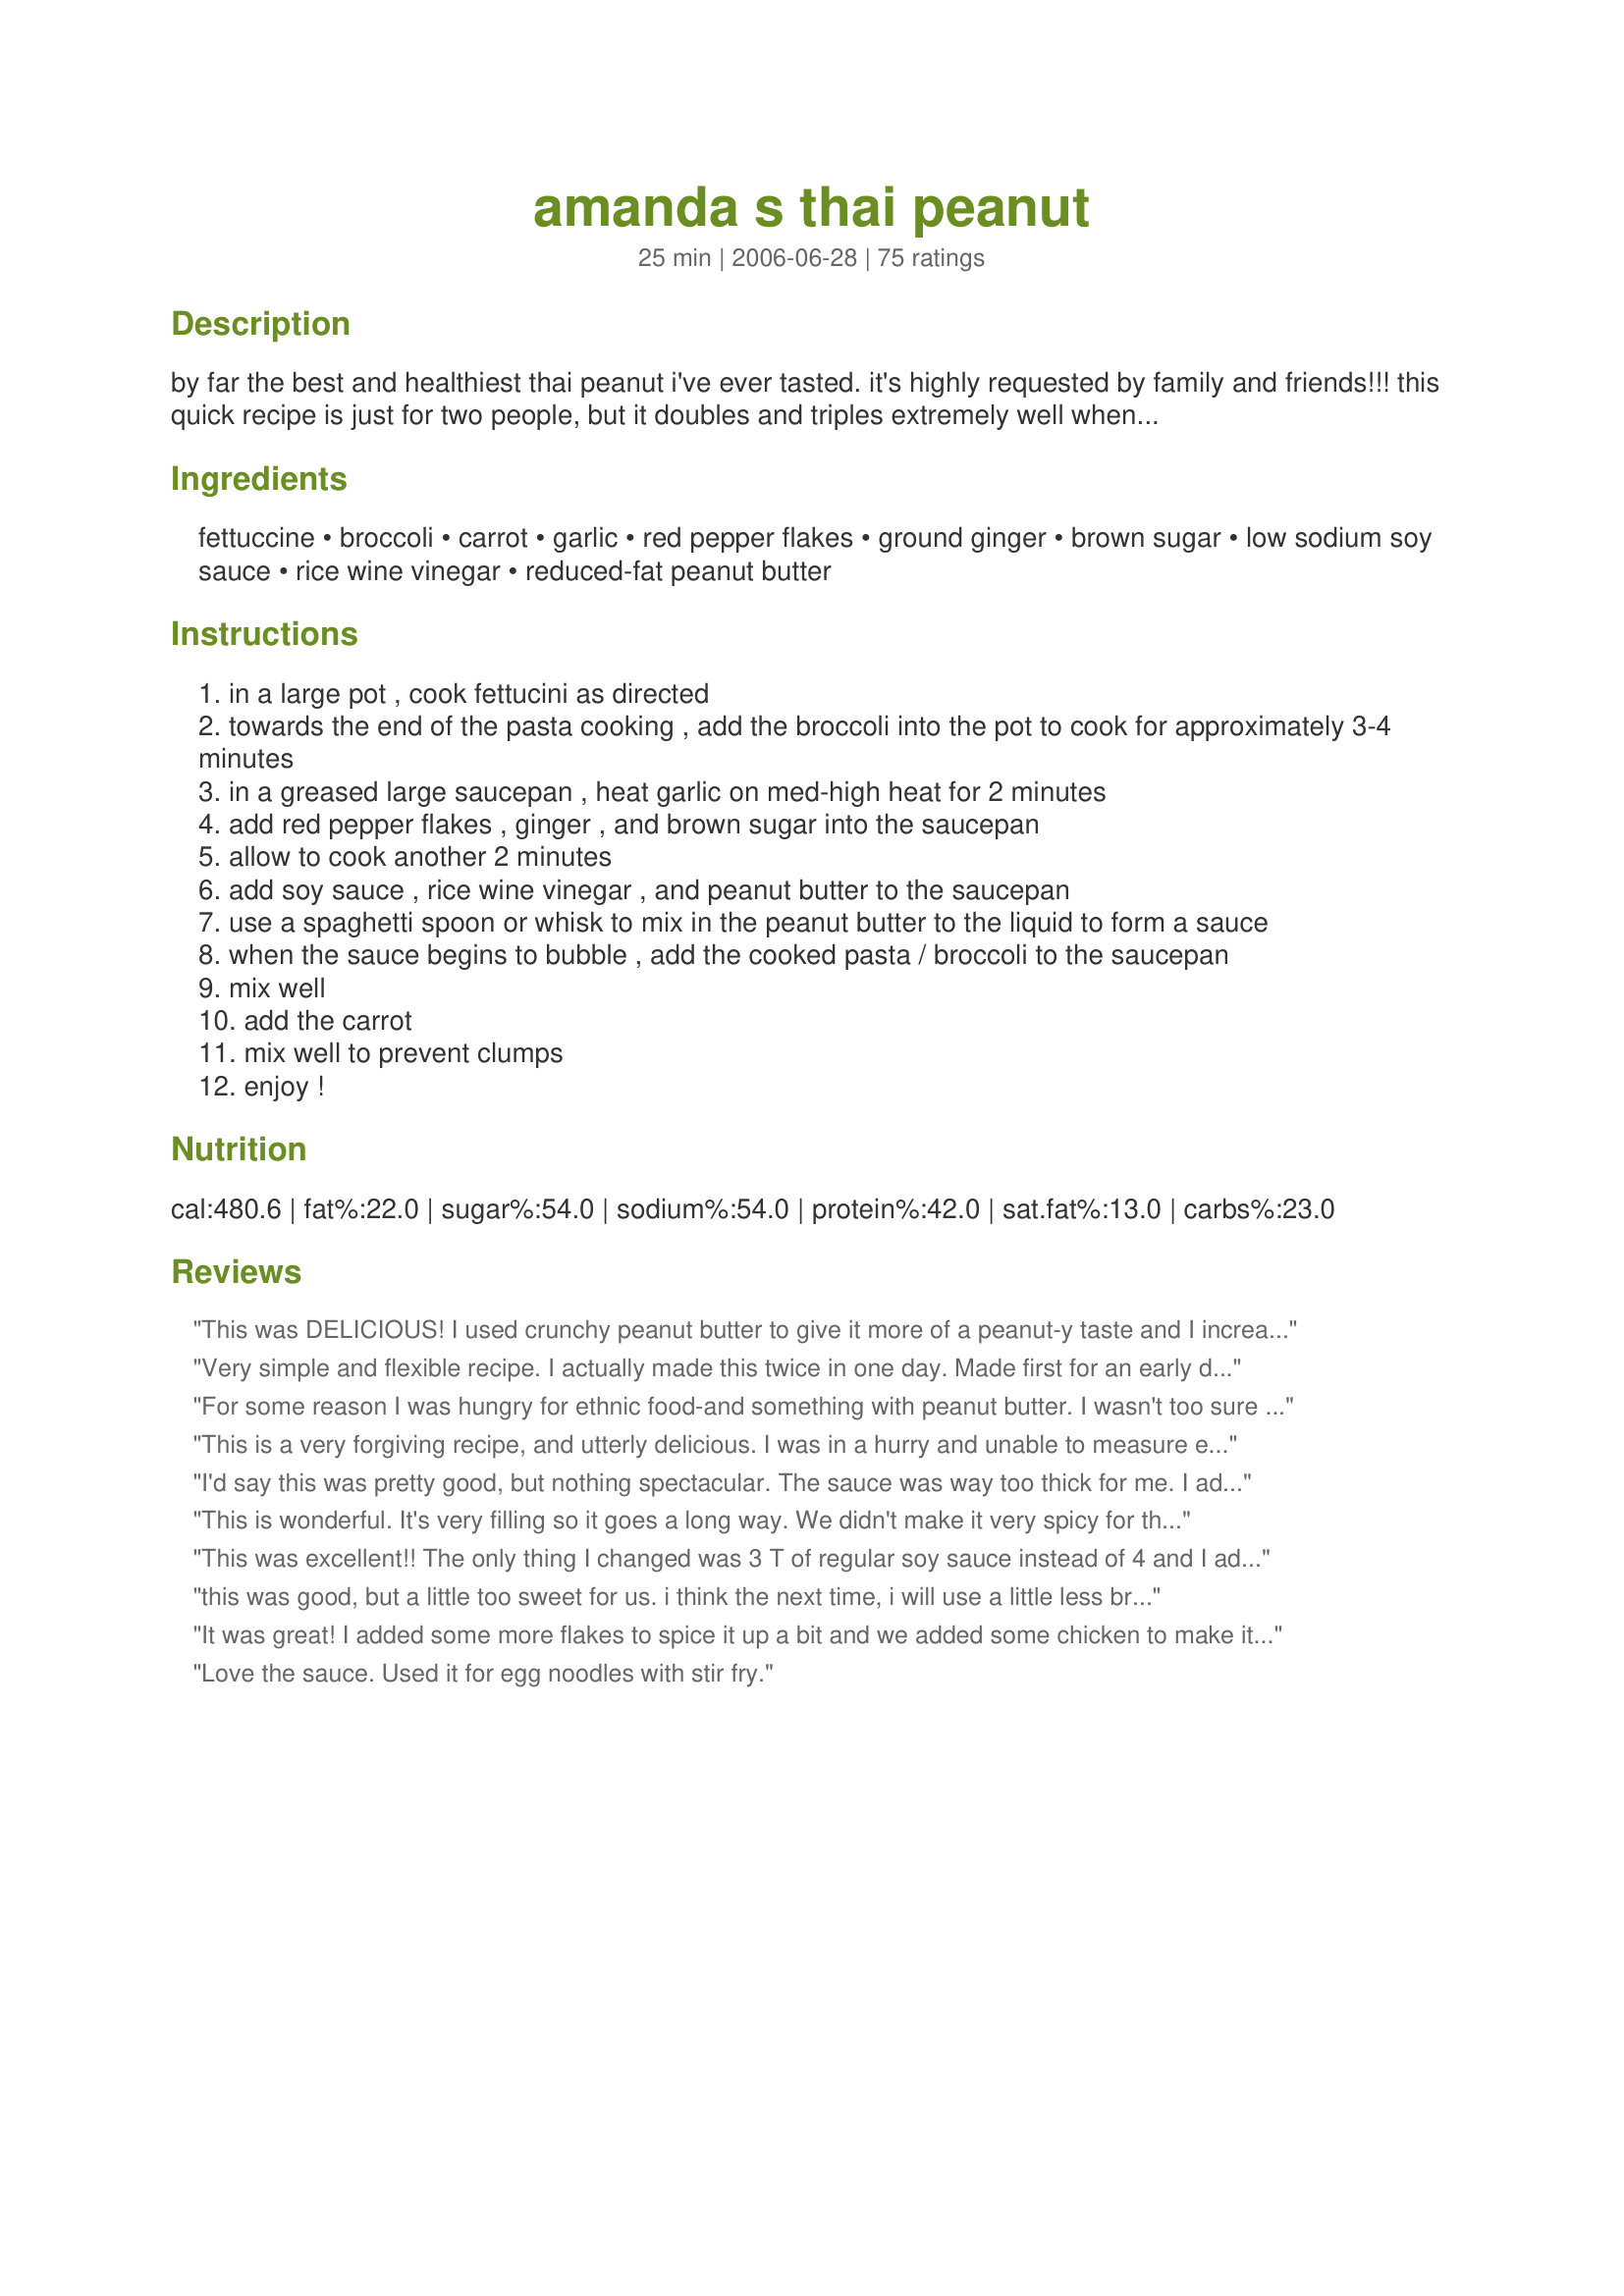
amanda s thai peanut
Preparation time: 25 minutes

by far the best and healthiest thai peanut i've ever tasted. it's highly requested by family and friends!!! this quick recipe is just for two people, but it doubles and triples extremely well when we have company over. give it a try!!

Ingredients:
fettuccine, broccoli, carrot, garlic, red pepper flakes, ground ginger, brown sugar, low sodium soy sauce, rice wine vinegar, reduced-fat peanut butter

Steps:
in a large pot , cook fettucini as directed
towards the end of the pasta cooking , add the broccoli into the pot to cook for approximately 3-4 minutes
in a greased large saucepan , heat garlic on med-high heat for 2 minutes
add red pepper flakes , ginger , and brown sugar into the saucepan
allow to cook another 2 minutes
add soy sauce , rice wine vinegar , and peanut butter to the saucepan
use a spaghetti spoon or whisk to mix in the peanut butter to the liquid to form a sauce
when the sauce begins to bubble , add the cooked pasta / broccoli to the saucepan
mix well
add the carrot
mix well to prevent clumps
enjoy !

Reviews:
This was DELICIOUS! I used crunchy peanut butter to give it more of a peanut-y taste and I increased the spices a little bit, as well as the amount of broccoli and carrots because I love veggies :)<br/><br/>This recipe is especially tasty the next day after the flavors have had some time to develop ^_^
Very simple and flexible recipe. I actually made this twice in one day. Made first for an early dinner and then later when we wanted a snack. I used different veggies the second time (odds and ends) It's easy to remember, quick and yummy. I added a 14oz pack of browned cubed tofu at the end, and used soba noodles. I also combined steps 2 and 3.
For some reason I was hungry for ethnic food-and something with peanut butter. I wasn't too sure about this recipe because of some of the reviews. I added a lot less hot pepper so it was spicy, but not overpowering. It really did have great flavor! The sauce seemed a bit dry-kind of that "stick-to-the-roof-of-your-mouth-peanut buttery" taste. It was good for something different, but probably wouldn't make it again
This is a very forgiving recipe, and utterly delicious. I was in a hurry and unable to measure exactly. I also wanted to add chicken to make a complete meal. To top it off, I accidentally spilled more pepper flakes in the dish than I intended. I thought everything would be ruined. It came out perfect. It was so delicious, my husband and I were licking the bowls.

I will make it again!
I'd say this was pretty good, but nothing spectacular. The sauce was way too thick for me. I added a bit of pasta water, but I think if I just changed the proportions it would have been better since it tasted too peanut buttery as well.
This is wonderful. It's very filling so it goes a long way. We didn't make it very spicy for those of us who like more mild flavored things, but put some extra red pepper on the table for personal flavor enhancement.
This was excellent!! The only thing I changed was 3 T of regular soy sauce instead of 4 and I added 1 lb of shrimp to the pasta and broccoli during the last couple minutes of cooking time. This is a keeper, me and the hubby loved it!
this was good, but a little too sweet for us. i think the next time, i will use a little less brouwn sugar and also use regular peanut butter. i think that reduced fat peanut butter is a little sweeter that the regular stuff. in my opinion that will make it a 5 star recipe, at least at my house.
It was great! I added some more flakes to spice it up a bit and we added some chicken to make it a great hearty meal. YUM!
Love the sauce. Used it for egg noodles with stir fry.
I will definitely be making this again! I made it for dinner tonight and it was so good (and incredibly easy to make as well). I did everything as instructed except I added half of a red bell pepper, sliced very thinly and half a pound of cubed and sauteed, extra firm tofu. I loved the flavour of ginger and chili pepper with the peanut butter. Next time I might try it with soba noodles just to see how it goes.
Both my husband and I thoroughly enjoyed this..............Will definitely make it again !! Thank you !
I enjoyed this-but my family complained that it had too much peanut butter flavor-the peanut butter aroma was so intense that my DS's ferret was begging to be let out of his cage (he loves p.butter). Served this with recipe#99156
I am so sorry, I know you received some high ratings but for me this was absolutely horrible. I had to add sooo many different seasonings just to have some flavor, including red curry paste amond others.
As good as any take-out; no, actually this was BETTER. And preparation is quick and easy, too! The quantity was perfect for DH and I last Thursday evening for dinner, and we found it to be spiced just right. Thanks for sharing your very special recipe.
SPICY!! SPICY!! SPICY!! I doubled the ingredients to make 2-6 servings. The only thing I changed was I added 1 tsp garlic and used Jif creamy peanut butter and did not add carrot or broccoli. Maybe the broccoli would have absorbed some of the heat. It had a great flavor but since I am the only one in the family who can tolerate spicy, all that was on everyone's plate except mine went into the garbage disposal. Will try again without as much red pepper and add the broccoli.
This stuff is SO good... I have wanted to add one non-meat dish to our menu each week and this was the first recipe I specifically made without meat. I saw that others added chicken, but this dish does not need it. I served this with Thai Chili sauce on the side and everyone agreed it was delicious. And it is so easy that this will be a weeknight regular for us! Thanks Amanda for the fantastic recipe!
Everyone loved this!<br/>Doubled, left out the carrots (too lazy), used spaghetti (had on hand), guesstimated everything. I think next time I will increase the broccoli and the red pepper flakes and use the carrots. Timing seemed about right. Thanks!
Loved it! Perfect amount of sweet and spice. We used regular peanut butter and spaghetti, and lots more broccoli and carrots, and it turned out fabulous.
Easily 5 stars! This is yummy, easy, and healthy enough. Made this with soba noodles (just felt it more authentic this way). Next time I&#039;ll add significantly more vegi&#039;s but really won&#039;t change anything else...it&#039;s really good (and super quick and easy). Thanks @m@nd@!
I absolutely loved this dish! I doubled the recipe and added more vegetables (green pepper, onion, ginger root, mushrooms, etc.). I also didn't really measure the ingredients, I just kind of winged it. I would make it a little spicier next time, but otherwise this was simply wonderful! This recipe is a keeper for sure! :o)
LOVE this one. I usually use baby carrots cut in 1/4s lengthwise. A little less peanut butter and a little more soy sauce to make it less sweet. This is one of my absolute favorite recipes ever!
Tasty and easy for a weeknight. We found we needed to add a bit more spice (we used a Thai chili sauce from a bottle) to get the kick we like. We also used rice noodles.
I made this exactly as written. My husband raved about it. He'd take a bite and say, "This is GOOD!" Take another bite and say, "I like this!" Another bite and say, "This is a winner!" Another bite and, "This is a keeper!" on and on until it was gone!
this was oh soooo good!!! I followed the recipe and just added a little bit more broccoli. Really liked it!!!
Sadly, this didn't work out for me at all. I doubled the recipe exactly and the sauce came out very salty, extremely heavy and essentially inedible. :-(
My husband asked me to make a huge "vat" of this, so that he can have the left overs everyday! I've also added cubed chicken to this and made extra sauce. We love this meal!
I thought this was even better than the local resturant
Excellent !
I used udon noodles instead of fetuccini, otherwise folowed the recepie. Sauce is very tasty and creamy and broccoli gives this dish a nice crunch. Will make it again. Thanks !
Very good recipe. I made this to go with some Thai chicken breasts and they went together well. My girls thought it had too much peanut butter and asked me to cut back a bit. I thought it was perfect and will make again. I did forget to add the carrots....they sat already grated on the the cutting board....lol. Oh well, next time. Thank yuou for sharing this with us.
I was pretty pleased with this recipe. I've been looking for a sauce I can make at home to replace the Archer Farms brand peanut sauce because its a little expensive, this recipe wasn't quite as good, but t was still much better than the others I've tried. I added a little cumin and it tasted great!
This was really quick and easy to make. It had a good flavor and I enjoyed experiementing with Thai. I found that my sauce was a bit thicker than I wanted it, so next time I'll just try to make it thinner. Thanks for posting!
This is absolutely delicious- definitely serves 3. I used regular white vinegar. The flavor was perfect, but next time I might use cayenne instead of pepper flakes because they didn't have time to soften. The little hard things were distracting in the finished dish. And I need to make sure not to overcook the noodles!
This was really nummy! It had enough heat that I noticed it, but not so much my 6yo turned it down. If you are looking for really spicy, though, because you eat spicy all the time, you won't notice the heat in this (my RM didn't). Overall, a very fast dish to prep, and a good balance of flavors. Thank you for posting.
Wow! So tasty! I used thai rice noodles and it tasted incredible. Is a new staple in our home. Thanks for sharing!
Wow this is so easy on the cook and the pocketbook! I add 1 pound of pre-cooked chicken. This is a regular weekly meal for us. Similar to Pad-Thai and soooo much cheaper than take-out.
This was so delicious! I think I could have eaten it all by myself. I couldn't wait to eat the leftovers the next day and refused to share! I made it exactly as written, and it was easy and one of the best dishes I have made it a long time. I will be making this again soon and often in the future! Thanks so much!!!
Not a bad meal. I followed the sauce exactly except for the peppers since my kids wouldn't eat it with the spice, so we just added thai chili sauce to the top. I followed other peoples instructions and added more vegetables and it could probably still used more. I used 2 heads of broccoli, a zucchini, grated carrot and snow peas. I also added chopped peanuts to the top. I'll make this again, but it's not something that I could eat often.
This is so good and easy to make! I&#039;ve made it several times, and I pretty much follow the recipe exactly. Thank you for a delicious vegetarian dish!
Very good, easy recipe. Next time I'm going to double the vegetables and also add something with a bit of sweetness--maybe some sherry or something? I'm not sure yet...in any case, it's very good as is, but has even more potential.
I loved this, my boyfriend did not care for it but I loved it!
Deeelicious! I used less soy sauce and rice vinegar than called for, but only because I didn't have enough on hand. It turned out to be about 3 T. soy sauce and about 3 T. rice vinegar. It still turned out fantastic though. The amount of spice was perfect for me. The only thing I think I would change is to add more broccoli next time.
We've made this recipe quite a few times since coming across it. We've made quite a few modifications such as upping the veggies and adding tofu and peanuts. Also, I use whole wheat noodles and still think it tastes great. I tried to cut back on the noodles and up the veggies! I really think it is delicious and I love that it takes less than 30 min to whip up! :D
Pretty good. Definitely pretty good. I wasn't expecting too much from a weird sort of pseudo-asian meal, but it tasted good and was insanely easy to make. So, I guess that's all that really counts, right?
Soo good! Kinda spicy, but sweet. I used what I had: bag of stir fry vegs, red wine vinegar, cubed garlic, &amp; penne, then doubled it. It&#039;s got a bite! Next time I&#039;ll try cook pepper more/use less, maybe less vinegar and more PB! Soy was right on though.
Very tasty!
Loved this. Added a little Gardein "Chi'kn" for some extra protein, making it a fantastic vegan main. Thanks so much for posting! I will definitely make this again.
great recipe. Thanks so much. My people and I loved it!
I followed the recipe, and it turned out extremely salty. The peanut butter taste was over powering as well.
Not impressed. I tried it because of the great reviews.
We love it! I use extra broccoli & carrot,and reduce the rice wine vinegar. I also julienne the carrot and add it to the pasta & broccoli for the last minute of cooking. I use regular peanut butter instead of low fat and whole wheat spaghetti. It makes a great leftover, so I always make extra to guarantee cold peanut noodles for lunch the next day. Thanks for a great recipe!
This was quick, easy, and VERY good. I took the advice of other reviewers and only used 3 T of soy sauce. Also used regular instead of red fat peanut butter since that's what I had on-hand. It had an excellent, authentic Thai kick and was incredibly tasty. Next time (and there WILL be a next time!), I'll probably add more broccoli (prob 2 cups at least) and/or possibly another vegetable to make it a big more substantial veggie-wise, but otherwise, excellent!!!
I really wanted to try this today, but only had spaghetti noodles and I didn't have any broccoli. Tried it anyway and it was wonderful! My kids loved it. I'm sure I'll love it more when I follow the recipe completely, and I want to also add some tofu next time. I just hope my kids like it as much once I make it again with the Fettuccine and broccoli! Update: Great kid pleaser! This has become my 8-yr-old daughters favorite meal and she made it with me today!
For some reason, this just didn't work out for me. I followed the directions as stated, but it ended up terribly salty, which competed with the peanut flavor. I liked the texture, so I may try it again using less soy sauce and probably a little less of the rice wine vinegar. Thank you for sharing though.
This is really good~~though I did make a few changes. I doubled the recipe. I did not use carrots, but added TVP beef chunks. The red pepper flakes were really hot!! My 3 year old took a bite and started complaining! Next time, I will just leave them out and let everyone spice theirs to their preference. Thanks so much!! :O)
These were awesome. Thanks so much!
Very good!! I added matchstick carrots and a few button mushrooms I had on hand. To the sauce mixture I added a little bit of pasta water and vegtable broth to thin it out. I paired it with a cuccumber salad as suggested by another review..yummy.
This was a great recipe. I did not grate my carrots, but sliced them (I used three, actually) on my mandoline and threw it in with the broccoli. Because we love spicy, I also used one teaspoon of red pepper flakes. We loved the taste of the peanut butter, and I loved the recipe because it was a terrific meatless recipe. We are fairly big eaters, and this was a three-serve meal.
Loved this recipe! Did most as suggested with the exception of sub honey for sugar and lowering the flame, only, while the garlic was cooking. We neither found the sauce to thick nor the dish in need of additional veggies. Clearly the noodles were the star of this dish. The carrots added a slight crunch and the broccoli a bit of color and texture. Great!
This was really great! Next time I'll probably only use 3 Tsps soy sauce:)
Outstanding! I did change it up a little bit. I used fresh ginger in place of ground ginger and balsamic vinegar in place of rice wine vinegar. I also added sauteed onion and red pepper. Worked out very, very nicely! Thanks for posting!
This is fantastic! I used regular soy sauce and peanut butter, but other than that, followed as directed. It took very little time to make, and it tasted great! The flavors work really well together with the sweet/salty/spicy and the peanut butter helped make it a filling one-dish meal. My husband kept commenting on how much he liked it. One comment-I found the broccoli cooked at less than two minutes, rather than the stated 3-4, but definitely not a big deal! I will make this again!
This was wonderful! I had to change a few things because I didn't have them on hand, but it was still great. I did end up using whole grain pasta because that's what I had and i didn't think it made a big difference. Of course, I really like that kind, haha.
This was really good & easy. My husband loved it. I doubled the recipe, but I cut back on the red pepper slightly. It was still fairly spicy. Highly recommended!
This was good. I didn't expect the sauce to be so thick, but it tasted good. I stirred in sauteed broccoli, onions, & snow peas. If I make it again I'll probably use less peanut butter so its not as thick.
I agree with another viewer that if I had completely followed the instructions my meal would have an unfavorable outcome. My garlic was burning at about 2 minutes (even though I had already added in the next few ingredients as per the recipe. I also felt it needed a lot more veggies, so I added 1/2 of a zucchini, 1 portobello mushroom, and doubled the amt of broccoli. We did enjoy this very rich vegan dinner with a cucumber salad on the side.
Doubled the recipe and used thai noodles and also added some leftover pork. Only used about 1/2 the peanut better because I was scared it would be too strong.
With a bit of tweaking, I really like it. I used the full amount of soy and it was too salty for me, I added a tbs. or so of honey to sweeten it up more. I also used natural p.b. and added crushed roasted peanuts. In the end I was happy with the dish. I think next time I want to try with sliced water chesnuts for more crunch.
I just finished making and eating this. Very tasty. I used egg noodles since that's what I had on hand. I also added a few pieces of left-over grilled chicken to the sauce and pasta mix to satisfy a carnivorous hubby. 8-) Yummy! I will make this again! Thanks for posting!
Very tasty and easy. I used a tiny bit (tsp, maybe) of sesame oil to saute the garlic; other than that, I made it as written. I like this just as well cold as I do hot. Thanks for posting!
I was surprised when some reviewers thought this too sweet, because for me it wasn't sweet enough! Oh well! It was still very tasty. I added marinated tofu to make a complete meal. As DH always says when he likes something: This is a definite 'do-over'
Delicious!!!!! We all loved this dish. I changed it a bit, I took out the Soy Sauce and added my own, because we don&#039;t eat soy, cut out the red pepper flakes, just too spicy for us, and changed it to paprika, and was not sure if there was alchol in the rice wine vinegar so used apple cider vinegar, it was quite good.
I made this for my partner and myself last night. We both loved it. I added zuccini and used thin hokkien noodles instead. I also used reg PB and Soy sauce. I would have added some peanuts if i had any. For us, it wasn't too sweet or too salty. And just the right amount of spice. Could have added more if i wanted a hot spicy dish.
When cooked exactly as per the provided recipe, I found the sauce to be too thick (my garlic was burning at 2 minutes, too), and the fettuccine far too large. In later attempts of this recipe, I shot for an "idiot version" pad thai: I combined steps 2 and 3, and shortened the cooking time to about 90 seconds total, used a packet of re-hydrated rice stick noodles instead of the fettuccine, and added 1/4 - 1/2 cup of hot water at the very end, which made the sauce more creamy. My variation has made it into my family's regular menu rotation!
This was excellent. I wanted chicken with this dish, so I combined all the spices+soy sauce+vinegar that are in this recipe (the same amounts) in a ziploc bag and threw a few chicken breasts in it. I let that sit for about an hour in the fridge. Later, when I began to cook the noodles, I simply took the entire contents of the ziploc and dumped them into a greased skillet on medium heat. I'm not going to lie, it was some of the best chicken I've ever had. The combination of the flavors was amazing. Once it was done, I just stirred it in with the noodles and served it. I will definitely make this again and again. Thanks so much for posting this wonderful recipe!
